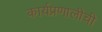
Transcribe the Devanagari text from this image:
कार्यप्रणालीची